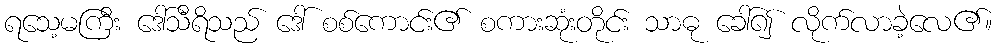
ရသေ့မကြီး ဒေါ်သီရိသည် ဒေါ် စစ်ကောင်း၏ စကားဆုံးတိုင်း သာဓု ခေါ်၍ လိုက်လာခဲ့လေ၏။